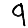
Digit: 9